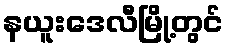
နယူးဒေလီမြို့တွင်